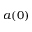
a ( 0 )